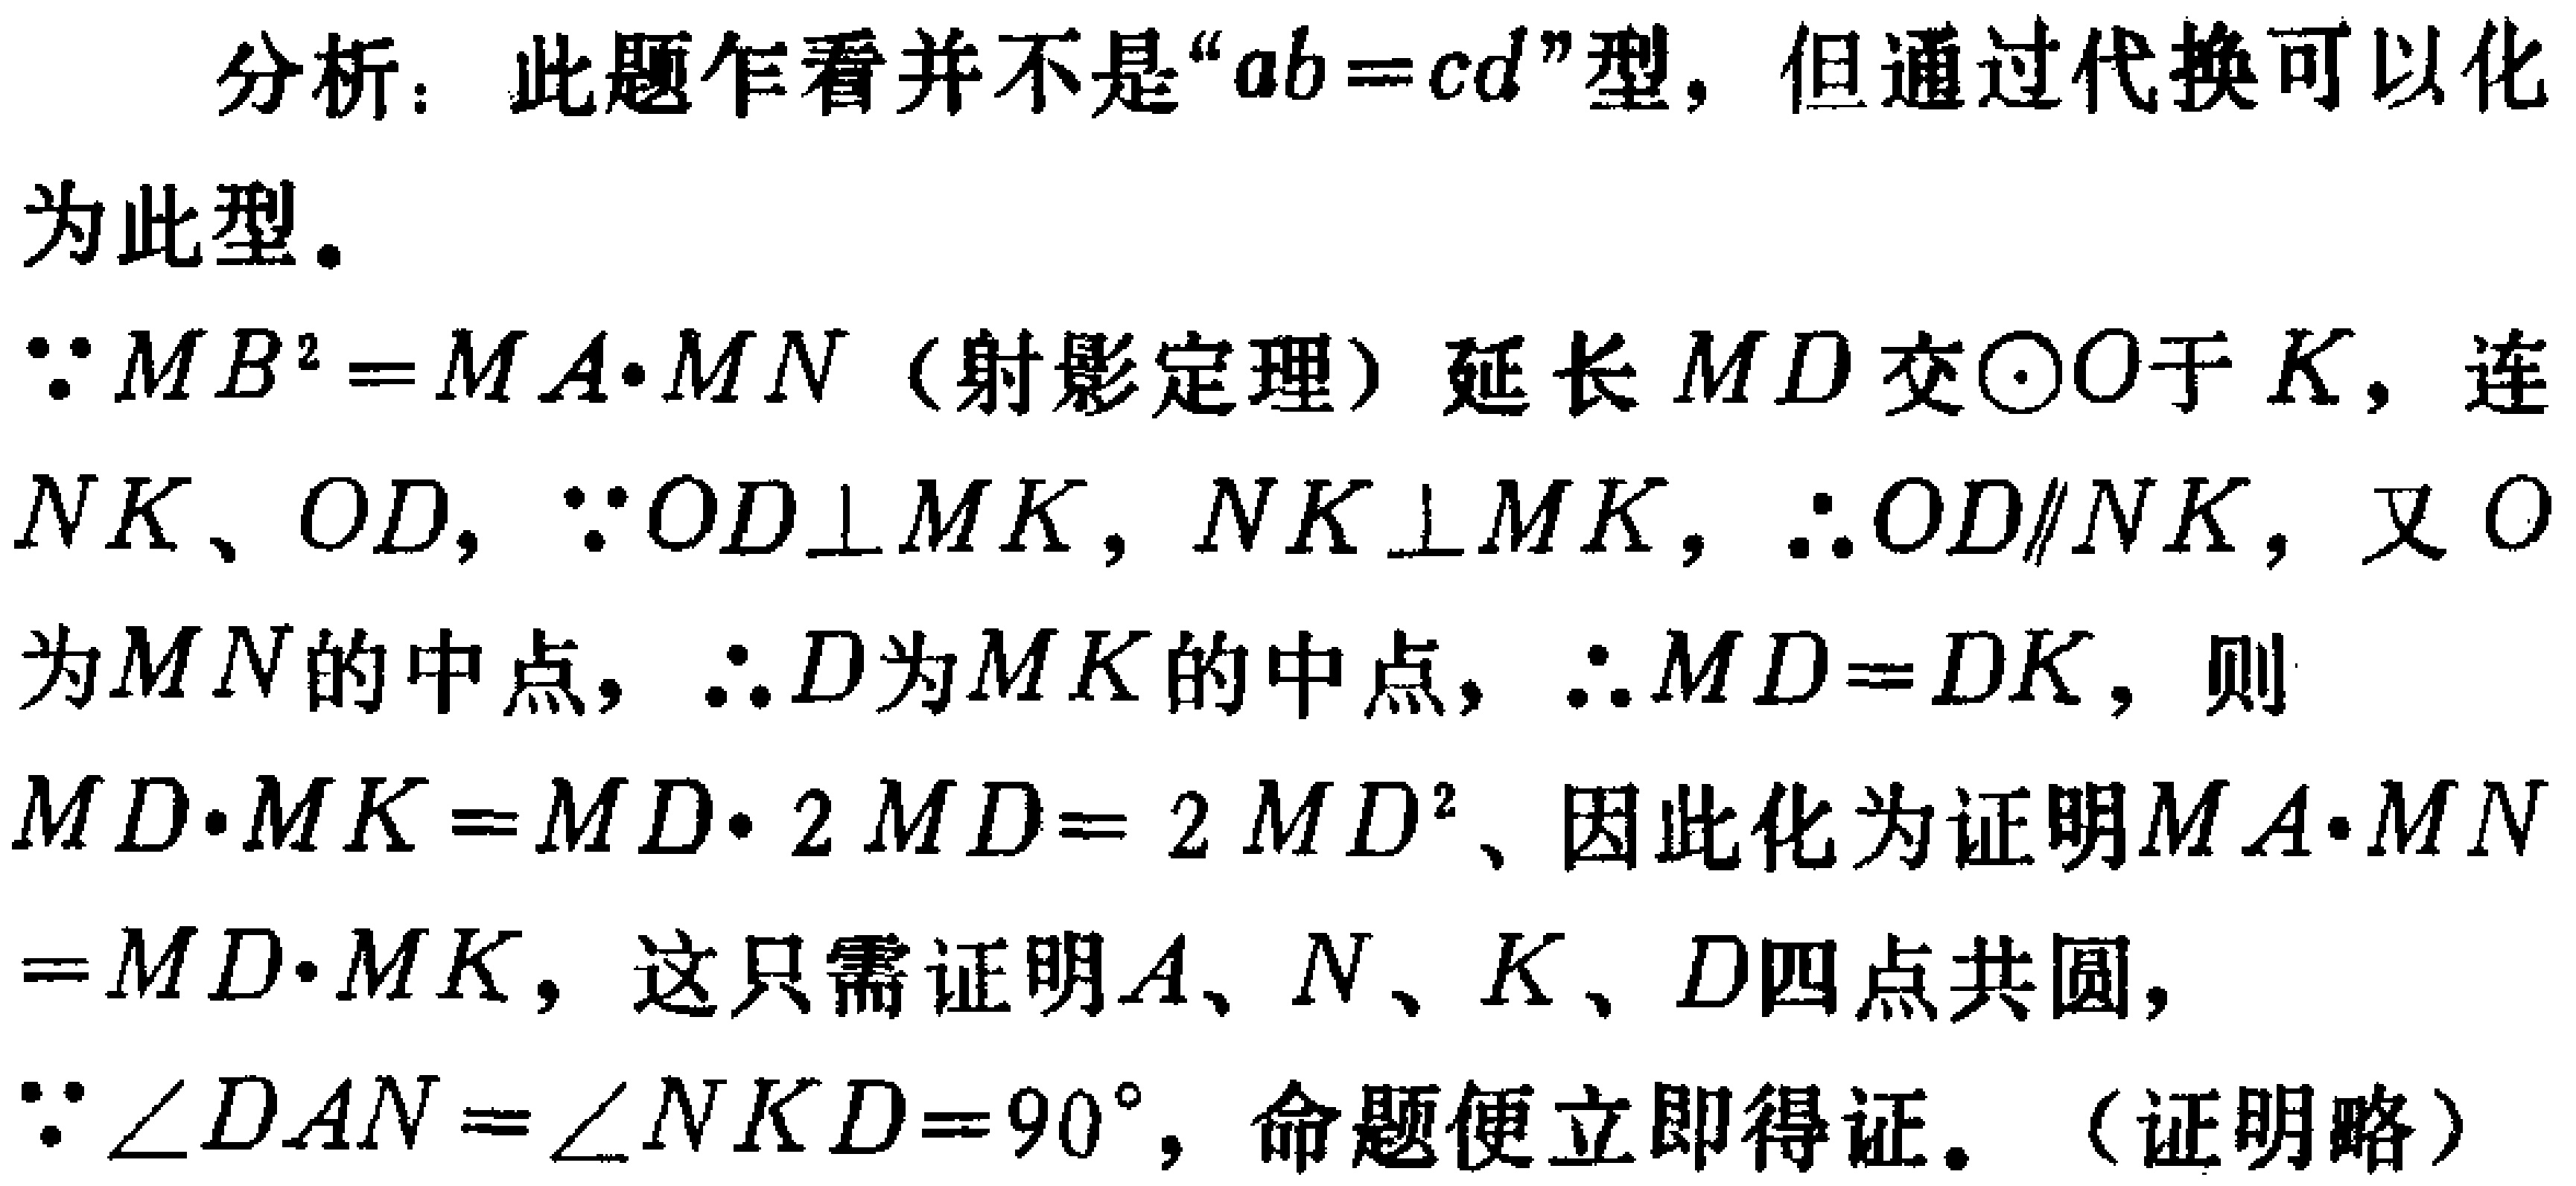
分析：此题乍看并不是“\(ab = cd\)”型，但通过代换可以化为此型。

\(\because MB^{2}=MA\cdot MN\)（射影定理）延长 \(MD\) 交\(\odot O\)于 \(K\)，连 \(NK、OD\)，\(\because OD\perp MK\)，\(NK\perp MK\)，\(\therefore OD\parallel NK\)，又 \(O\) 为\(MN\)的中点，\(\therefore D\)为\(MK\)的中点，\(\therefore MD = DK\)，则 \(MD\cdot MK=MD\cdot 2MD = 2MD^{2}\)、因此化为证明\(MA\cdot MN = MD\cdot MK\)，这只需证明\(A、N、K、D\)四点共圆，\(\because\angle DAN=\angle NKD = 90^{\circ}\)，命题便立即得证。（证明略）